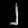
Digit: ၂